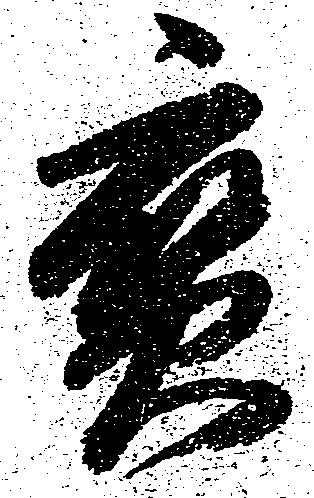
宝